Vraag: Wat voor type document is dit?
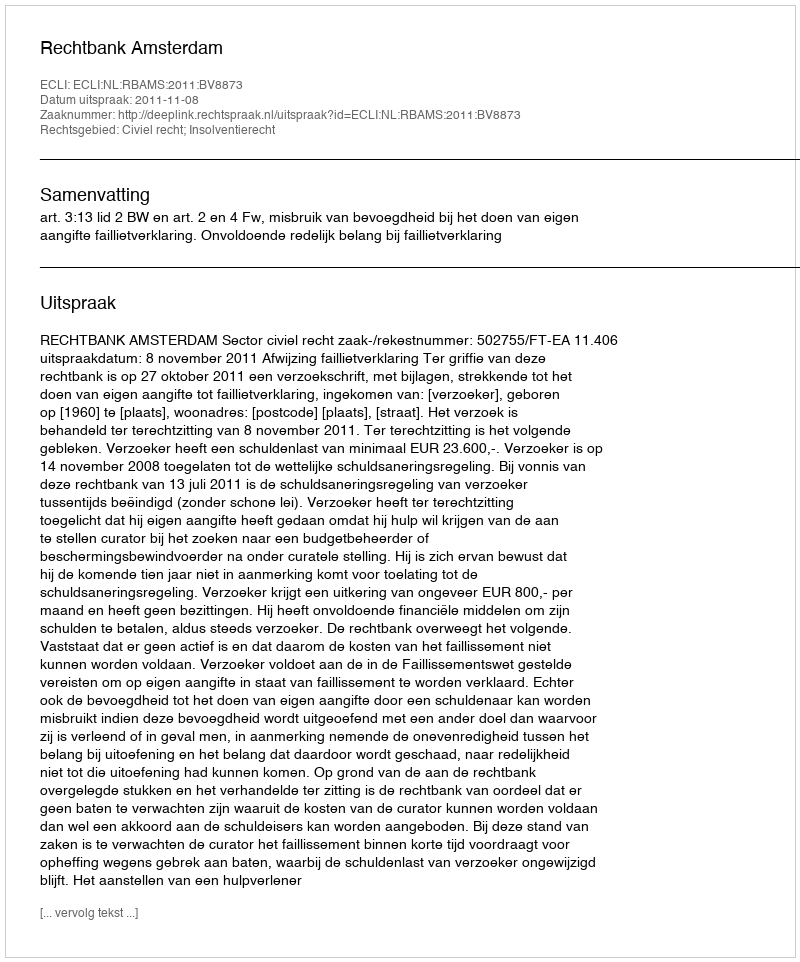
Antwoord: Uitspraak